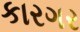
કારગર